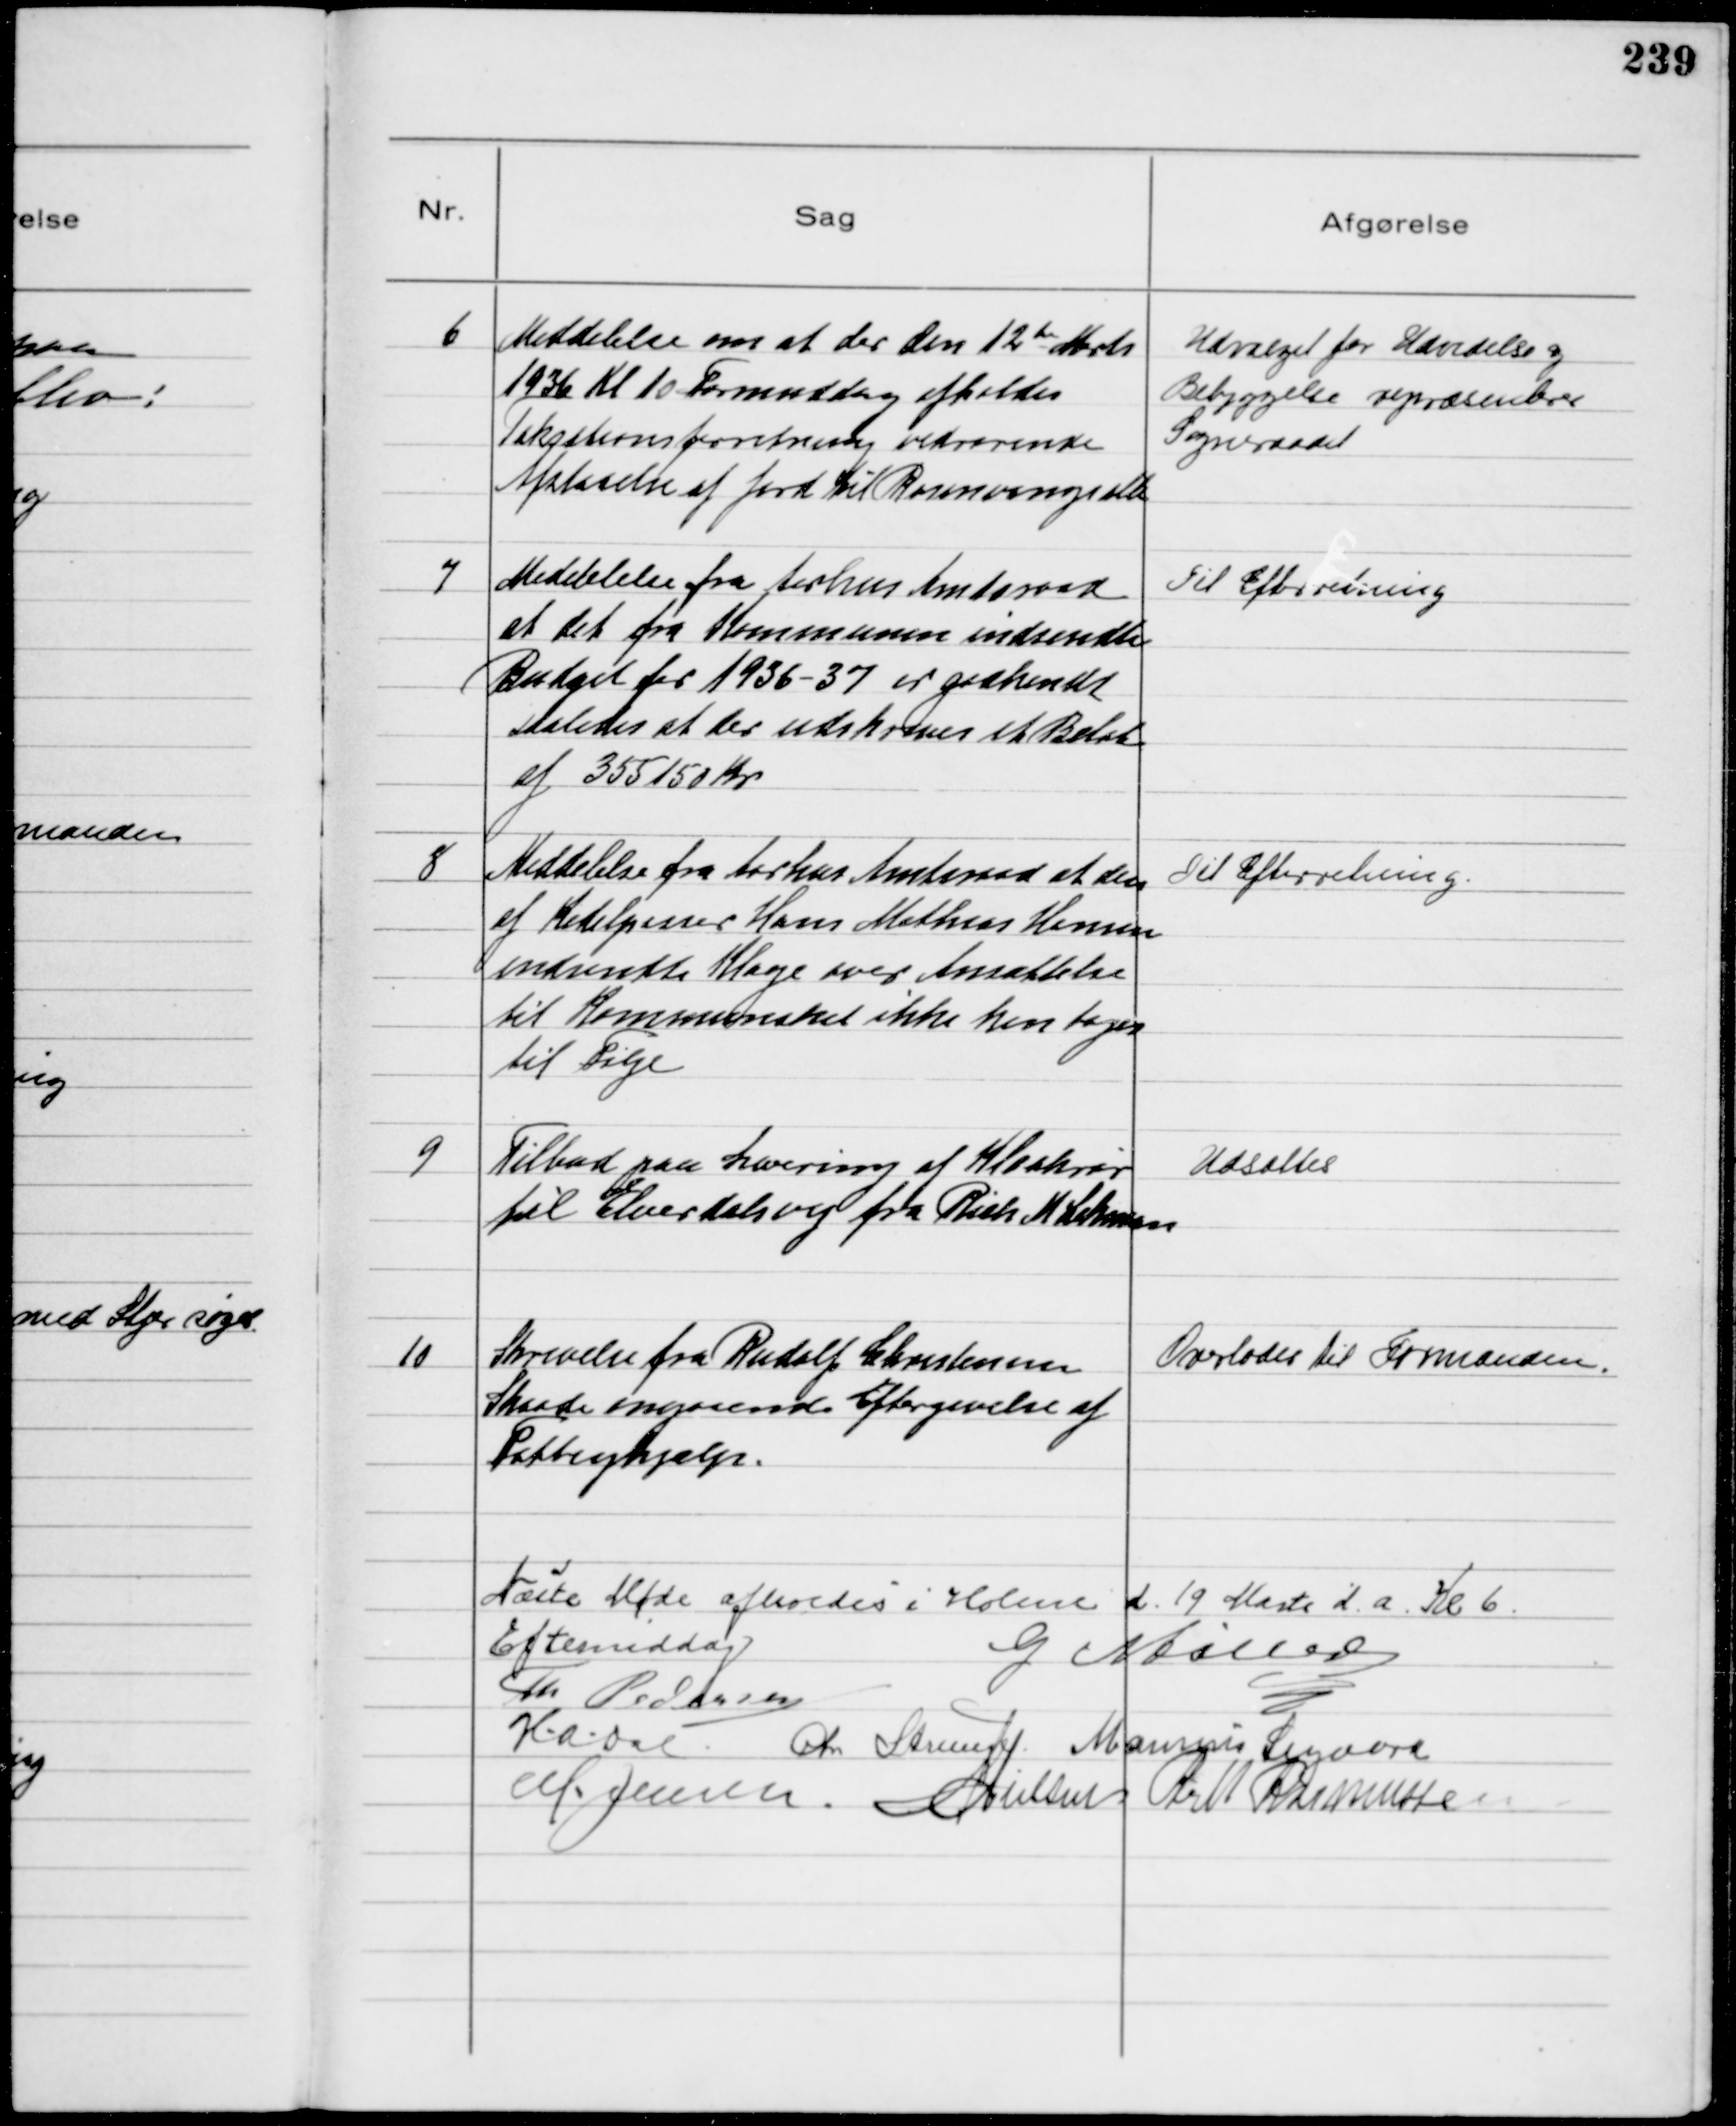
Transskription:
6
Meddelelse om at der den 12te Marts
1936 Kl 10 Formiddag afholdes
Taksationsforretning vedrørende
Afstaaelse af Jord til Rosenvangsalle

Udvalget for Udvidelse og
Bebyggelse repræsenterer
Sogneraadet

7
Meddelelse fra Aarhus Amtsraad
at det fra Kommunen indsendte
Budget for 1936-37 er godkendt
saaledes at der udskrives et Beløb
af 355150 Kr

Til Efterretning

8
Meddelelse fra Aarhus Amtsraad at den
af Kedelpasser Hans Mathias Hansen
indsendte Klage over Ansættelse
til Kommuneskat ikke kan tages
til Følge

Til Efterretning

9
Tilbud paa Levering af Kloakrør
til Elverdalsvej fra Rich M Lehman

Udsattes

10
Skrivelse fra Rudolf Christensen
Skaade angaaende Eftergivelse af
Fattighjælp.

Overlodes til Formanden.

Næste Møde afholdes i Holme d. 19 Marts d. a. Kl 6.
Eftermiddag
G Møller
Th Pedersen
HADal Chr Strunge Marinus Sigaard
M. Jensen. NNielsen R M Rasmussen